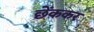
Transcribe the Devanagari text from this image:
छेंककर